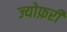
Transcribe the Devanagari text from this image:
ज्योफ़री